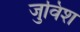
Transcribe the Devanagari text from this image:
जुविश